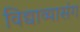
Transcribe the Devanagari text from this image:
विद्याव्यासंग